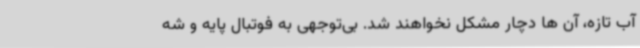
آب تازه، آن ها دچار مشکل نخواهند شد. بی‌توجهی به فوتبال پایه و شه